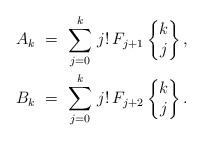
LaTeX: \begin{align*} A_k \ &= \ \sum_{j=0}^{k} \, j! \, F_{j+1} \begin{Bmatrix}k \\ j \end{Bmatrix}, \\ B_k \ &= \ \sum_{j=0}^{k} \, j! \, F_{j+2} \begin{Bmatrix}k \\ j \end{Bmatrix}. \end{align*}